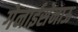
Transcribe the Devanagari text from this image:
गेनाईसेनाऊ